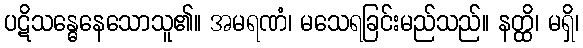
ပဋိသန္ဓေနေသောသူ၏။ အမရဏံ၊ မသေရခြင်းမည်သည်။ နတ္ထိ၊ မရှိ၊